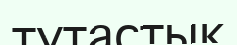
тутастық